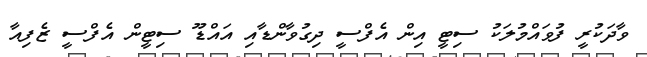
ވާދަކުރީ ފުވައްމުލަކު ސިޓީ އިން އެފްސީ ދިގުވާންޑާއި އައްޑޫ ސިޓީން އެފްސީ ޒެފިއާ